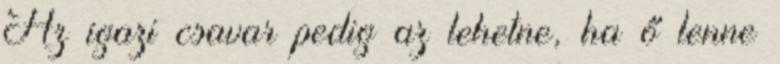
Az igazi csavar pedig az lehetne, ha ő lenne